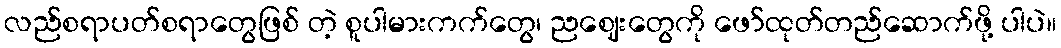
လည်စရာပတ်စရာတွေဖြစ် တဲ့ စူပါမားကက်တွေ၊ ညဈေးတွေကို ဖော်ထုတ်တည်ဆောက်ဖို့ ပါပဲ။